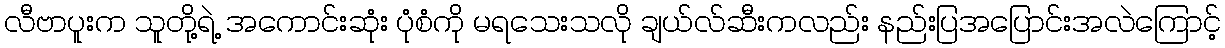
လီဗာပူးက သူတို့ရဲ့ အကောင်းဆုံး ပုံစံကို မရသေးသလို ချယ်လ်ဆီးကလည်း နည်းပြအပြောင်းအလဲကြောင့်